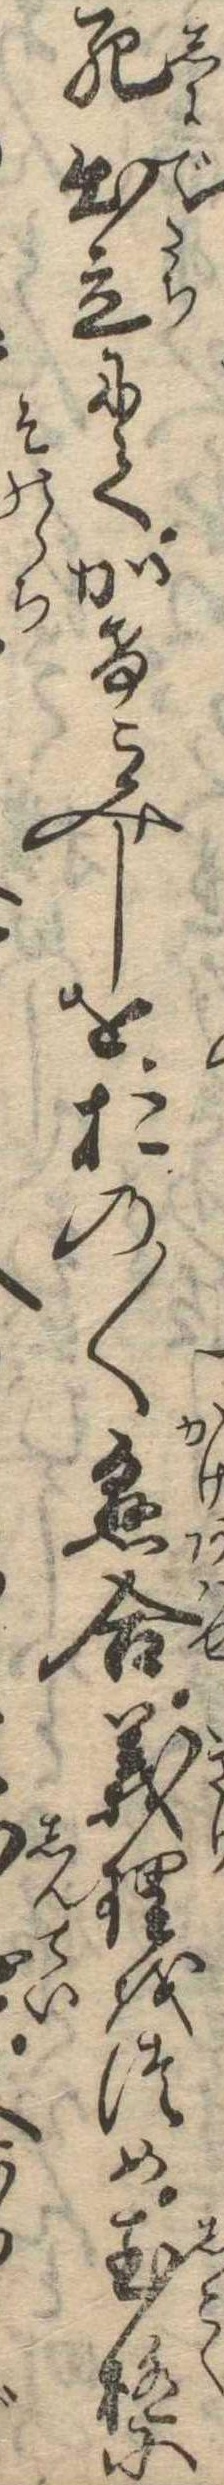
死出立にてかけこみしをおの〱懸合義理をつめ至極に